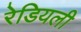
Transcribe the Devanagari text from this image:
रेडियली